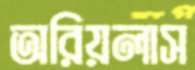
অরিয়লাস